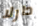
دارلا